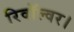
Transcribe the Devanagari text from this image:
रिवॉल्वर।